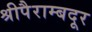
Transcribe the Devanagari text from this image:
श्रीपैराम्बदूर